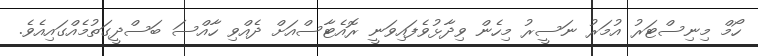
ހޯމް މިނިސްޓަރު އުމަރު ނަސީރު މިހެން ވިދާޅުވެފައިވަނީ ރޮއެޓާސްއަށް ދެއްވި ހާއްސަ ބަސްދީގަތުމެއްގައިއެވެ.